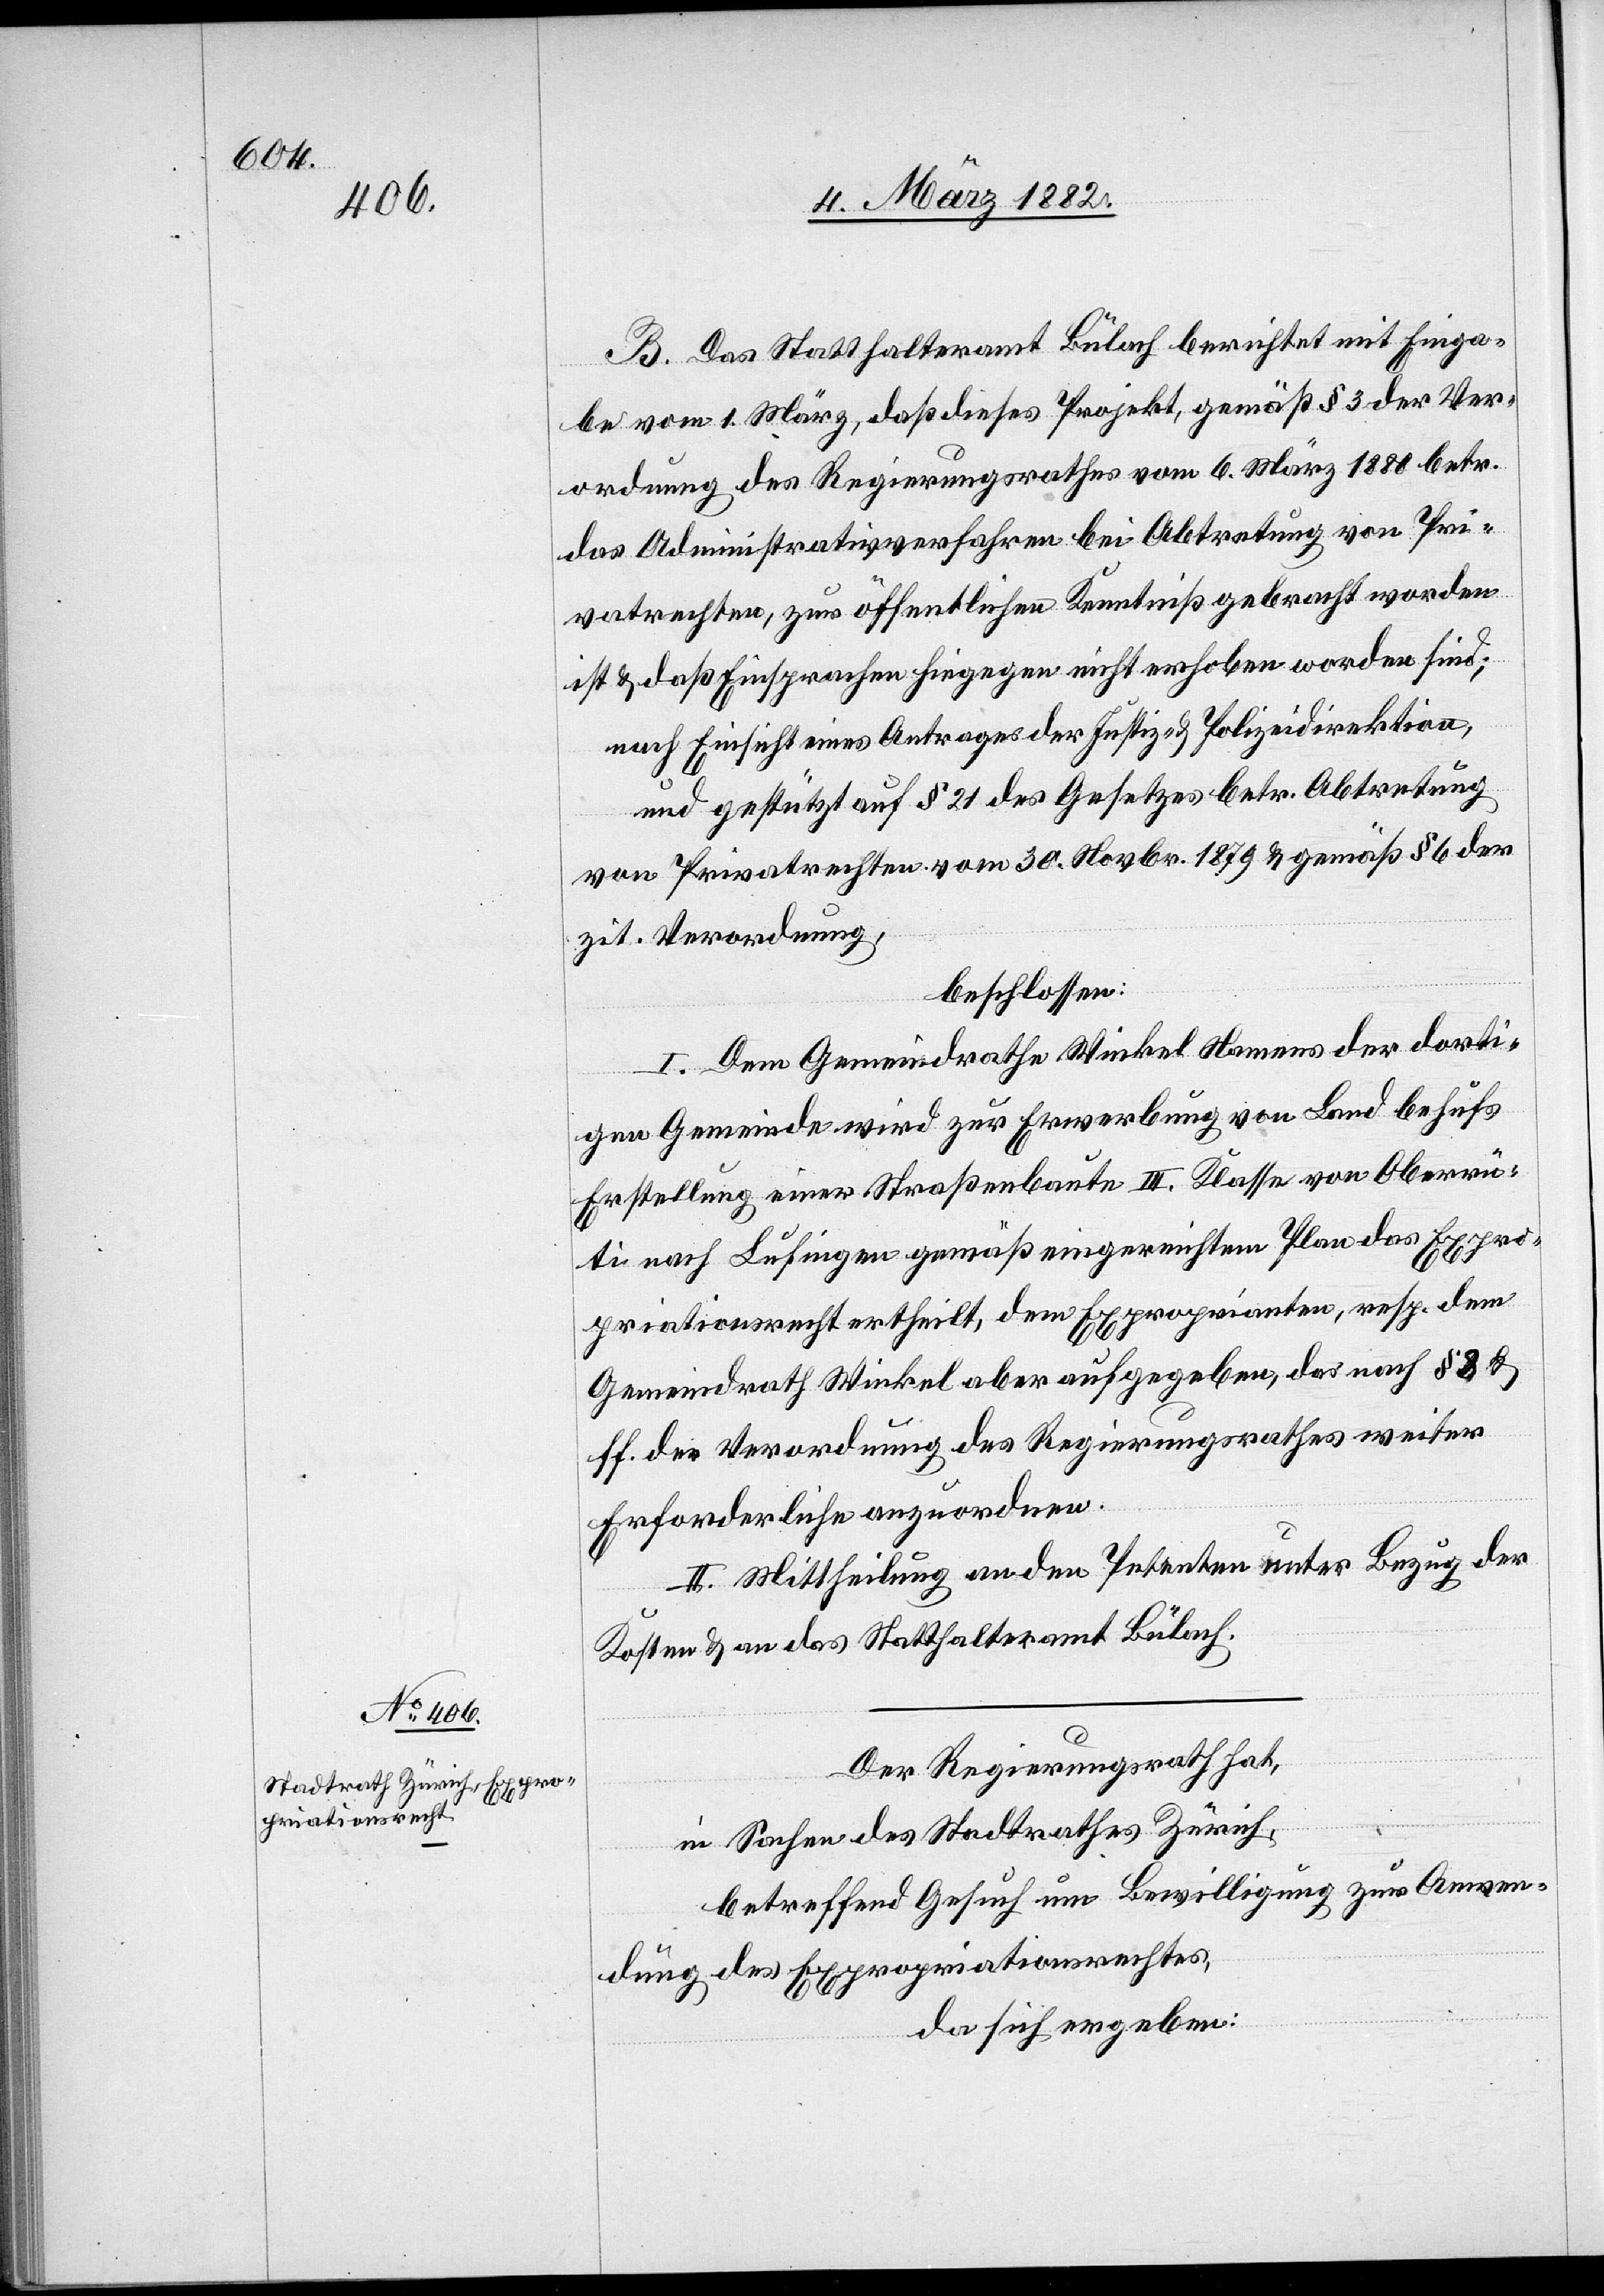
B. Das Statthalteramt Bülach berichtet mit Einga¬
be vom 1. März, daß dieses Projekt, gemäß § 3 der Ver¬
ordnung des Regierungsrathes vom 6. März 1880 betr.
das Administrativverfahren bei Abtretung von Pri¬
vatrechten, zur öffentlichen Kenntniß gebracht worden
ist & daß Einsprachen hingegen nicht erhoben worden sind;
nach Einsicht eines Antrages der Justiz- & Polizeidirektion,
und gestützt auf § 21 des Gesetzes betr. Abtretung
von Privatrechten vom 30 Novebr. 1879 & gemäß § 6 der
zit. Verordnung,
beschlossen:
I. Dem Gemeindrath Winkel Namens der dorti¬
gen Gemeinde wird zur Erwerbung von Land behufs
Erstellung einer Straßenbaute III. Klasse von Oberrü¬
ti nach Lufingen gemäß eingereichtem Plan das Expro¬
priationsrecht ertheilt, dem Exproprianten, resp. dem
Gemeindrath Winkel aber aufgegeben, das nach § 8 &
ff. die Verordnung des Regierungsrathe weiter
Erforderliche anzuordnen.
II. Mittheilung an den Petenten unter Bezug der
Kosten & an das Statthalteramt Bülach.
Der Regierungsrath hat,
in Sachen des Stadtrathes Zürich,
betreffend Gesuch um Bewilligung zur Anwen¬
dung des Expropriationsrechtes,